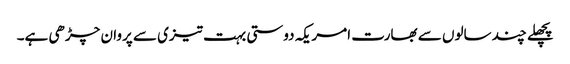
پچھلے چند سالوں سے بھارت امریکہ دوستی بہت تیزی سے پروان چڑھی ہے۔